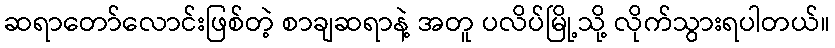
ဆရာတော်လောင်းဖြစ်တဲ့ စာချဆရာနဲ့ အတူ ပလိပ်မြို့သို့ လိုက်သွားရပါတယ်။